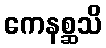
ကေနစ္ဆသိ